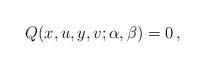
LaTeX: \begin{align*}Q(x,u,y,v;\alpha,\beta)=0\,,\end{align*}